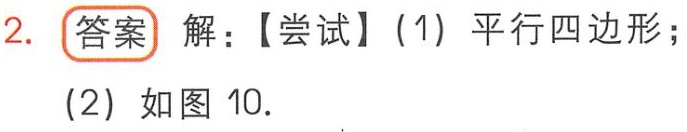
2. 答案 解：【尝试】(1) 平行四边形；
(2) 如图 10.